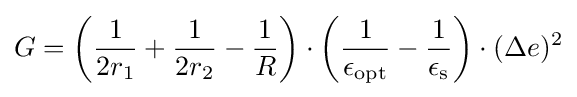
G=\left({\frac {1}{2r_{1}}}+{\frac {1}{2r_{2}}}-{\frac {1}{R}}\right)\cdot \left({\frac {1}{\epsilon _{\text{opt}}}}-{\frac {1}{\epsilon _{\text{s}}}}\right)\cdot (\Delta e)^{2}